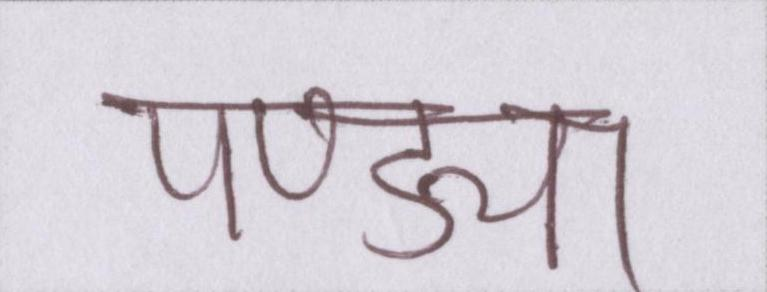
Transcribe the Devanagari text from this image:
पण्ड्या